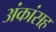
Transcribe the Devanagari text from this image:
अंकांसह